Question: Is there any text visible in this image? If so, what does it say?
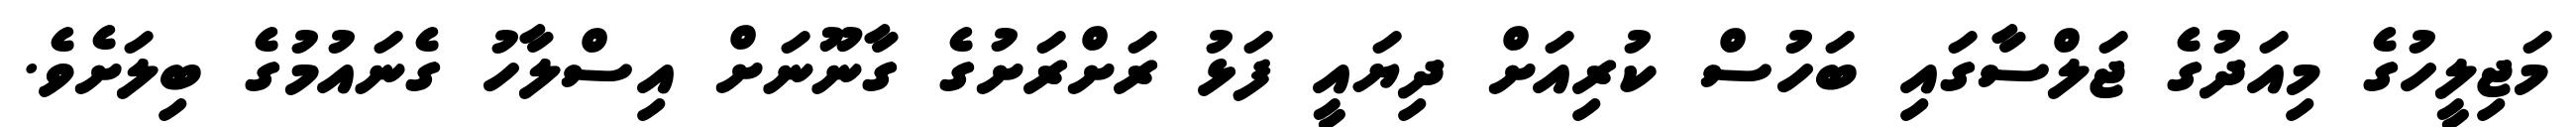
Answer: މަޖިލީހުގެ މިއަދުގެ ޖަލްސާގައި ބަހުސް ކުރިއަށް ދިޔައީ ފަޅު ރަށްރަށުގެ ގާނޫނަށް އިސްލާހު ގެނައުމުގެ ބިލަށެވެ.